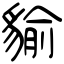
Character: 貐